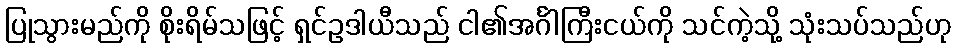
ပြုသွားမည်ကို စိုးရိမ်သဖြင့် ရှင်ဥဒါယီသည် ငါ၏အင်္ဂါကြီးငယ်ကို သင်ကဲ့သို့ သုံးသပ်သည်ဟု